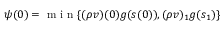
\psi ( 0 ) = \textnormal { m i n } \{ ( \rho v ) ( 0 ) g ( s ( 0 ) ) , ( \rho v ) _ { 1 } g ( s _ { 1 } ) \}